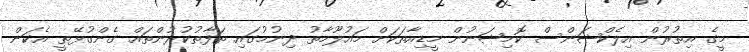
މީގެ އިތުރުން އިލެކްޝަންސް ކޮމިޝަނުން މީޑިއާތަކަށް މައުލޫމާތު ދިނުމުގައި ތަފާތުކުރުންތައް ގެންގުޅޭތީ އެކަން